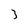
Character: 3